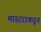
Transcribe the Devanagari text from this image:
मास्टराकडून